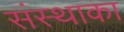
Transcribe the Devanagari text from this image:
संस्‍थाका